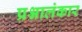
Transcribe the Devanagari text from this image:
प्रश्नालंकार